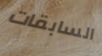
السابقات